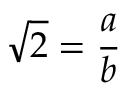
{ \sqrt { 2 } } = { \frac { a } { b } }